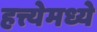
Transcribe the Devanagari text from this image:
हत्त्येमध्ये